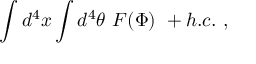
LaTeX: \int d ^ { 4 } x \int d ^ { 4 } \theta \ F ( \Phi ) \ + h . c . \ ,